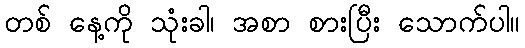
တစ် နေ့ကို သုံးခါ၊ အစာ စားပြီး သောက်ပါ။